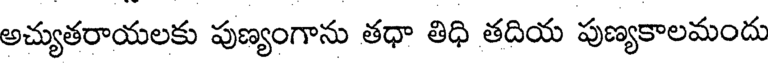
అచ్యుతరాయలకు పుణ్యంగాను తధా తిధి తదియ పుణ్యకాలమందు